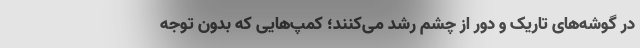
در گوشه‌های تاریک و دور از چشم رشد می‌کنند؛ کمپ‌هایی که بدون توجه